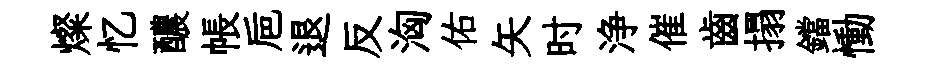
燦忆醲帳巵退反洶佑矢时浄催齒搨鐺慟